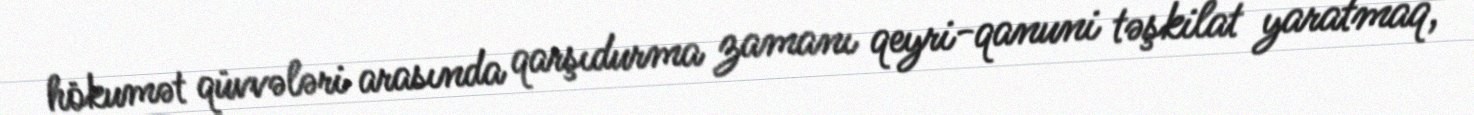
hökumət qüvvələri arasında qarşıdurma zamanı qeyri-qanuni təşkilat yaratmaq,